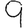
Digit: 9